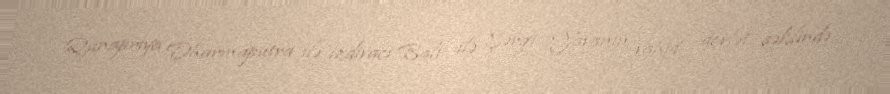
Qunapriya Dharmaputra ilə izdivacı Bali ilə Şərqi Yavanın vahid dövlət şəklində